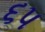
૬પ